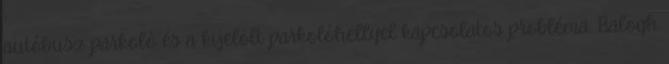
autóbusz parkoló és a kijelölt parkolóhellyel kapcsolatos probléma. Balogh